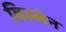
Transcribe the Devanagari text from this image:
विल्लेन